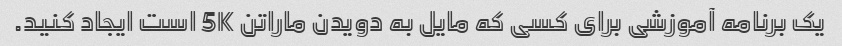
یک برنامه آموزشی برای کسی که مایل به دویدن ماراتن 5K است ایجاد کنید.